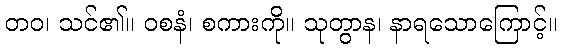
တဝ၊ သင်၏။ ဝစနံ၊ စကားကို။ သုတွာန၊ နာရသောကြောင့်။